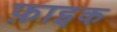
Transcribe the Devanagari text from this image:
फ़ाइक